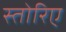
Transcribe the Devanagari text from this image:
स्तोरिए